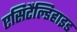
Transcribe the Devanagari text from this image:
एसिटैल्डिहाइड